Annual report on the working of the mental hospitals in the Madras Presidency - 1912-1932
Year: 1912
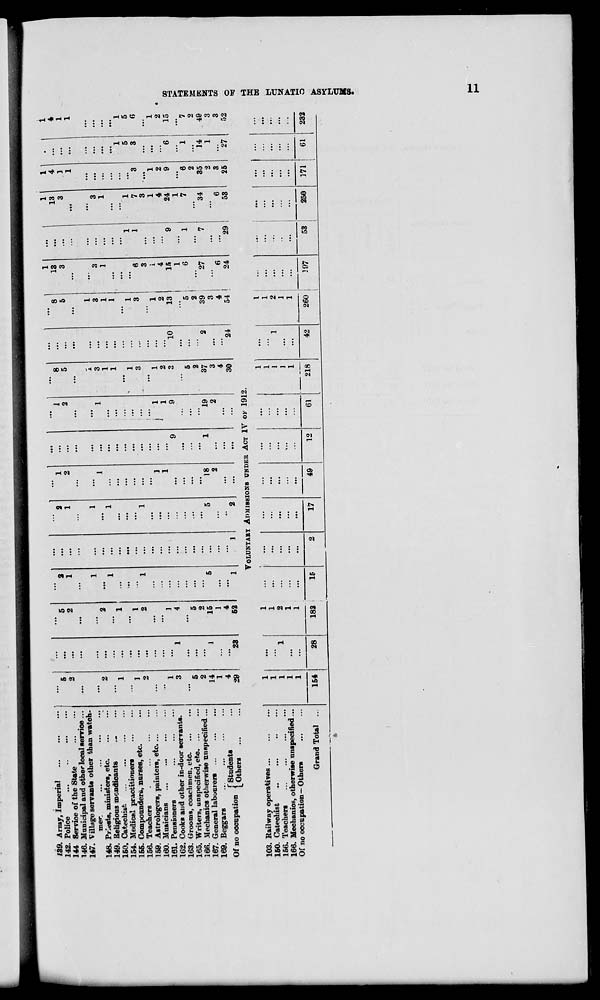
139. Army, Imperial
142. Police
...
144 Service of the State
146. Municipal and other local service ...
147. Village servants other than watch-
mer.
...
...
...
..
148. Priests, ministers, etc.
149. Religious mendicants
150. Catechis*
154. Medical practitioners
155. Compounded, nurses, etc.
156. Teachers
159. Astrologers, painters, etc. ...
160. Musicians
161. Pensioners
1G2. Cooks and other in-door servants.
163. Grooms, coachmen, etc.
165. Writers, unspecified,etc. ...
166. Mechanics otherwise unspecified ..
167. General labourers ...
169. Beggars
~.
,.
f Students
Of no occupation [ Qther8
103. Railway operatives ...
150. Cateohist
156. Teachers
166. Mechanic?, otherwise unspecified .
Of no occupation—Others
,,
...
•••
...
...
...
5
5
2
...
2
1
...
1
8
...
2
...
2
1
...
1
2
...
2
5
...
...
...
...
...
...
...
...
...
...
...
...
l-
1
...
1
...
...
I
2
2
...
...
...
1
...
1
3
...
...
...
1
...
1
...
...
...
1
1
...
1
...
1
...
...
...
...
...
...
...
...
...
•••
...
...
...
...
...
...
1
1
...
...
...
1
...
2
...
2
1
...
1
...
...
...
3
...
...
...
...
...
! ...
...
...
...
1
...
1 \
1
...
1
1
1
2
3
1
4
...
...
...
...
9
9
o
10
...
...
...
...
...
...
...
...
...
5
5
...
...
...
...
...
...
5
...
2
2
...
...
2
...
14
1
15
5
5
18
1
19
37
2
1
...
1
2
...
2
3
...
4
4
...
...
4
...
29
23
52
1
1
2
...
...
...
30
24
Grand Total
1
1
1
1
1
1
...
154
28
VOLUNTARY ADMISSIONS UNDER ACT IV OF 1912.
1
3
1
2
13
5
2
39
3
4
54
1
1
2
1
1
182
15
1
...
I
...
...
1
1
...
...
.
...
...
...
...
1
1
2
...
...
...
...
1
...
1
...
...
...
...
...
1
218
...
1
...
...
...
2
17
49
12
61
42
260
397
53
250
371
61
232
1
1|
1 | . 1
13
13 1
4
3
...
3
1
...
...
...
1
...
3
3
1
...
1
...
...
...
1
1
1
5
6
1
7
3
3
3
3 •...
1
1
1
4
4
2
..
15
9
24
9
6
1
1
6
1
7
6
1
2
27
7
34
35
14
2
1
6
6
3
24
29
53
25
27
i
4
1
1
1
5
6
" 1
2
15
2
49
3
3
52
GO
1-3
H
i
H
GO
O
*i
H
X
ts
f
d
g
cS
I